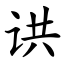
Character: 䜤